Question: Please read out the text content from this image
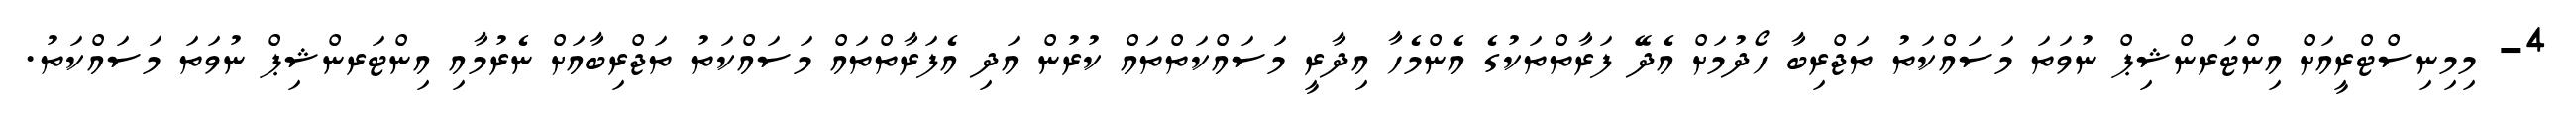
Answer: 4- މިމިނިސްޓްރީއަށް އިންޓަރންޝިޕް ނުވަތަ މަސައްކަތު ތަޖްރިބާ ހޯދުމަށް އެދޭ ފަރާތްތަކުގެ އެންމެހާ އިދާރީ މަސައްކަތްތައް ކުރުން އަދި އެފަރާތްތައް މަސައްކަތު ތަޖްރިބާއަށް ނެރުމާއި އިންޓަރންޝިޕް ނުވަތަ މަސައްކަތު.